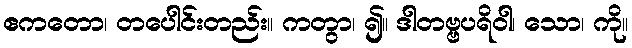
ဧကတော၊ တပေါင်းတည်း။ ကတွာ၊ ၍။ ဒါတဗ္ဗပရိဝါ၊ သော၊ ကို။